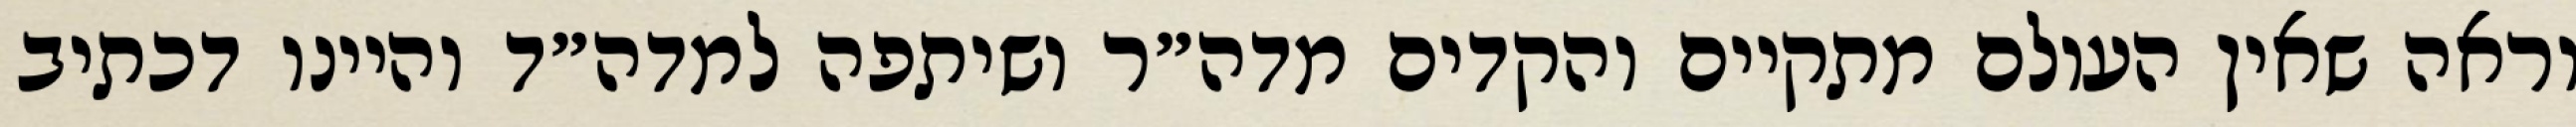
וראה שאין העולם מתקיים והקדים מדה״ר ושיתפה למדה״ד והיינו דכתיב